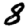
Digit: 8